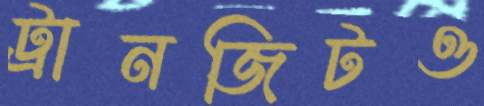
ট্রানজিটও